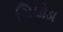
ચિથોડા